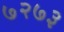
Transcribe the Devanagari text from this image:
७२७३